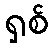
ရှစ်